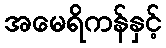
အမေရိကန်နှင့်